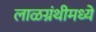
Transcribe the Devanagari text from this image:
लाळग्रंथीमध्ये